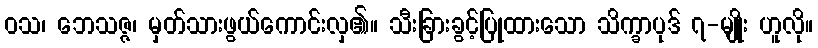
ဝသ၊ ဘေသဇ္ဇ၊ မှတ်သားဖွယ်ကောင်းလှ၏။ သီးခြားခွင့်ပြုထားသော သိက္ခာပုဒ် ၇-မျိုး ဟူလို။